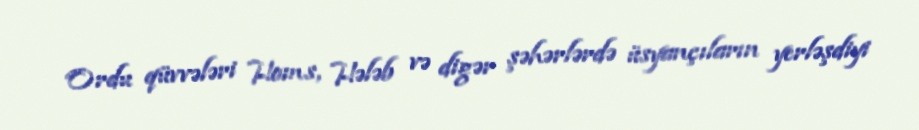
Ordu qüvvələri Homs, Hələb və digər şəhərlərdə üsyançıların yerləşdiyi